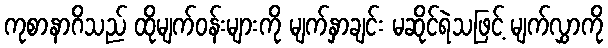
ကုစာနာဂိသည် ထိုမျက်ဝန်းများကို မျက်နှာချင်း မဆိုင်ရဲသဖြင့် မျက်လွှာကို